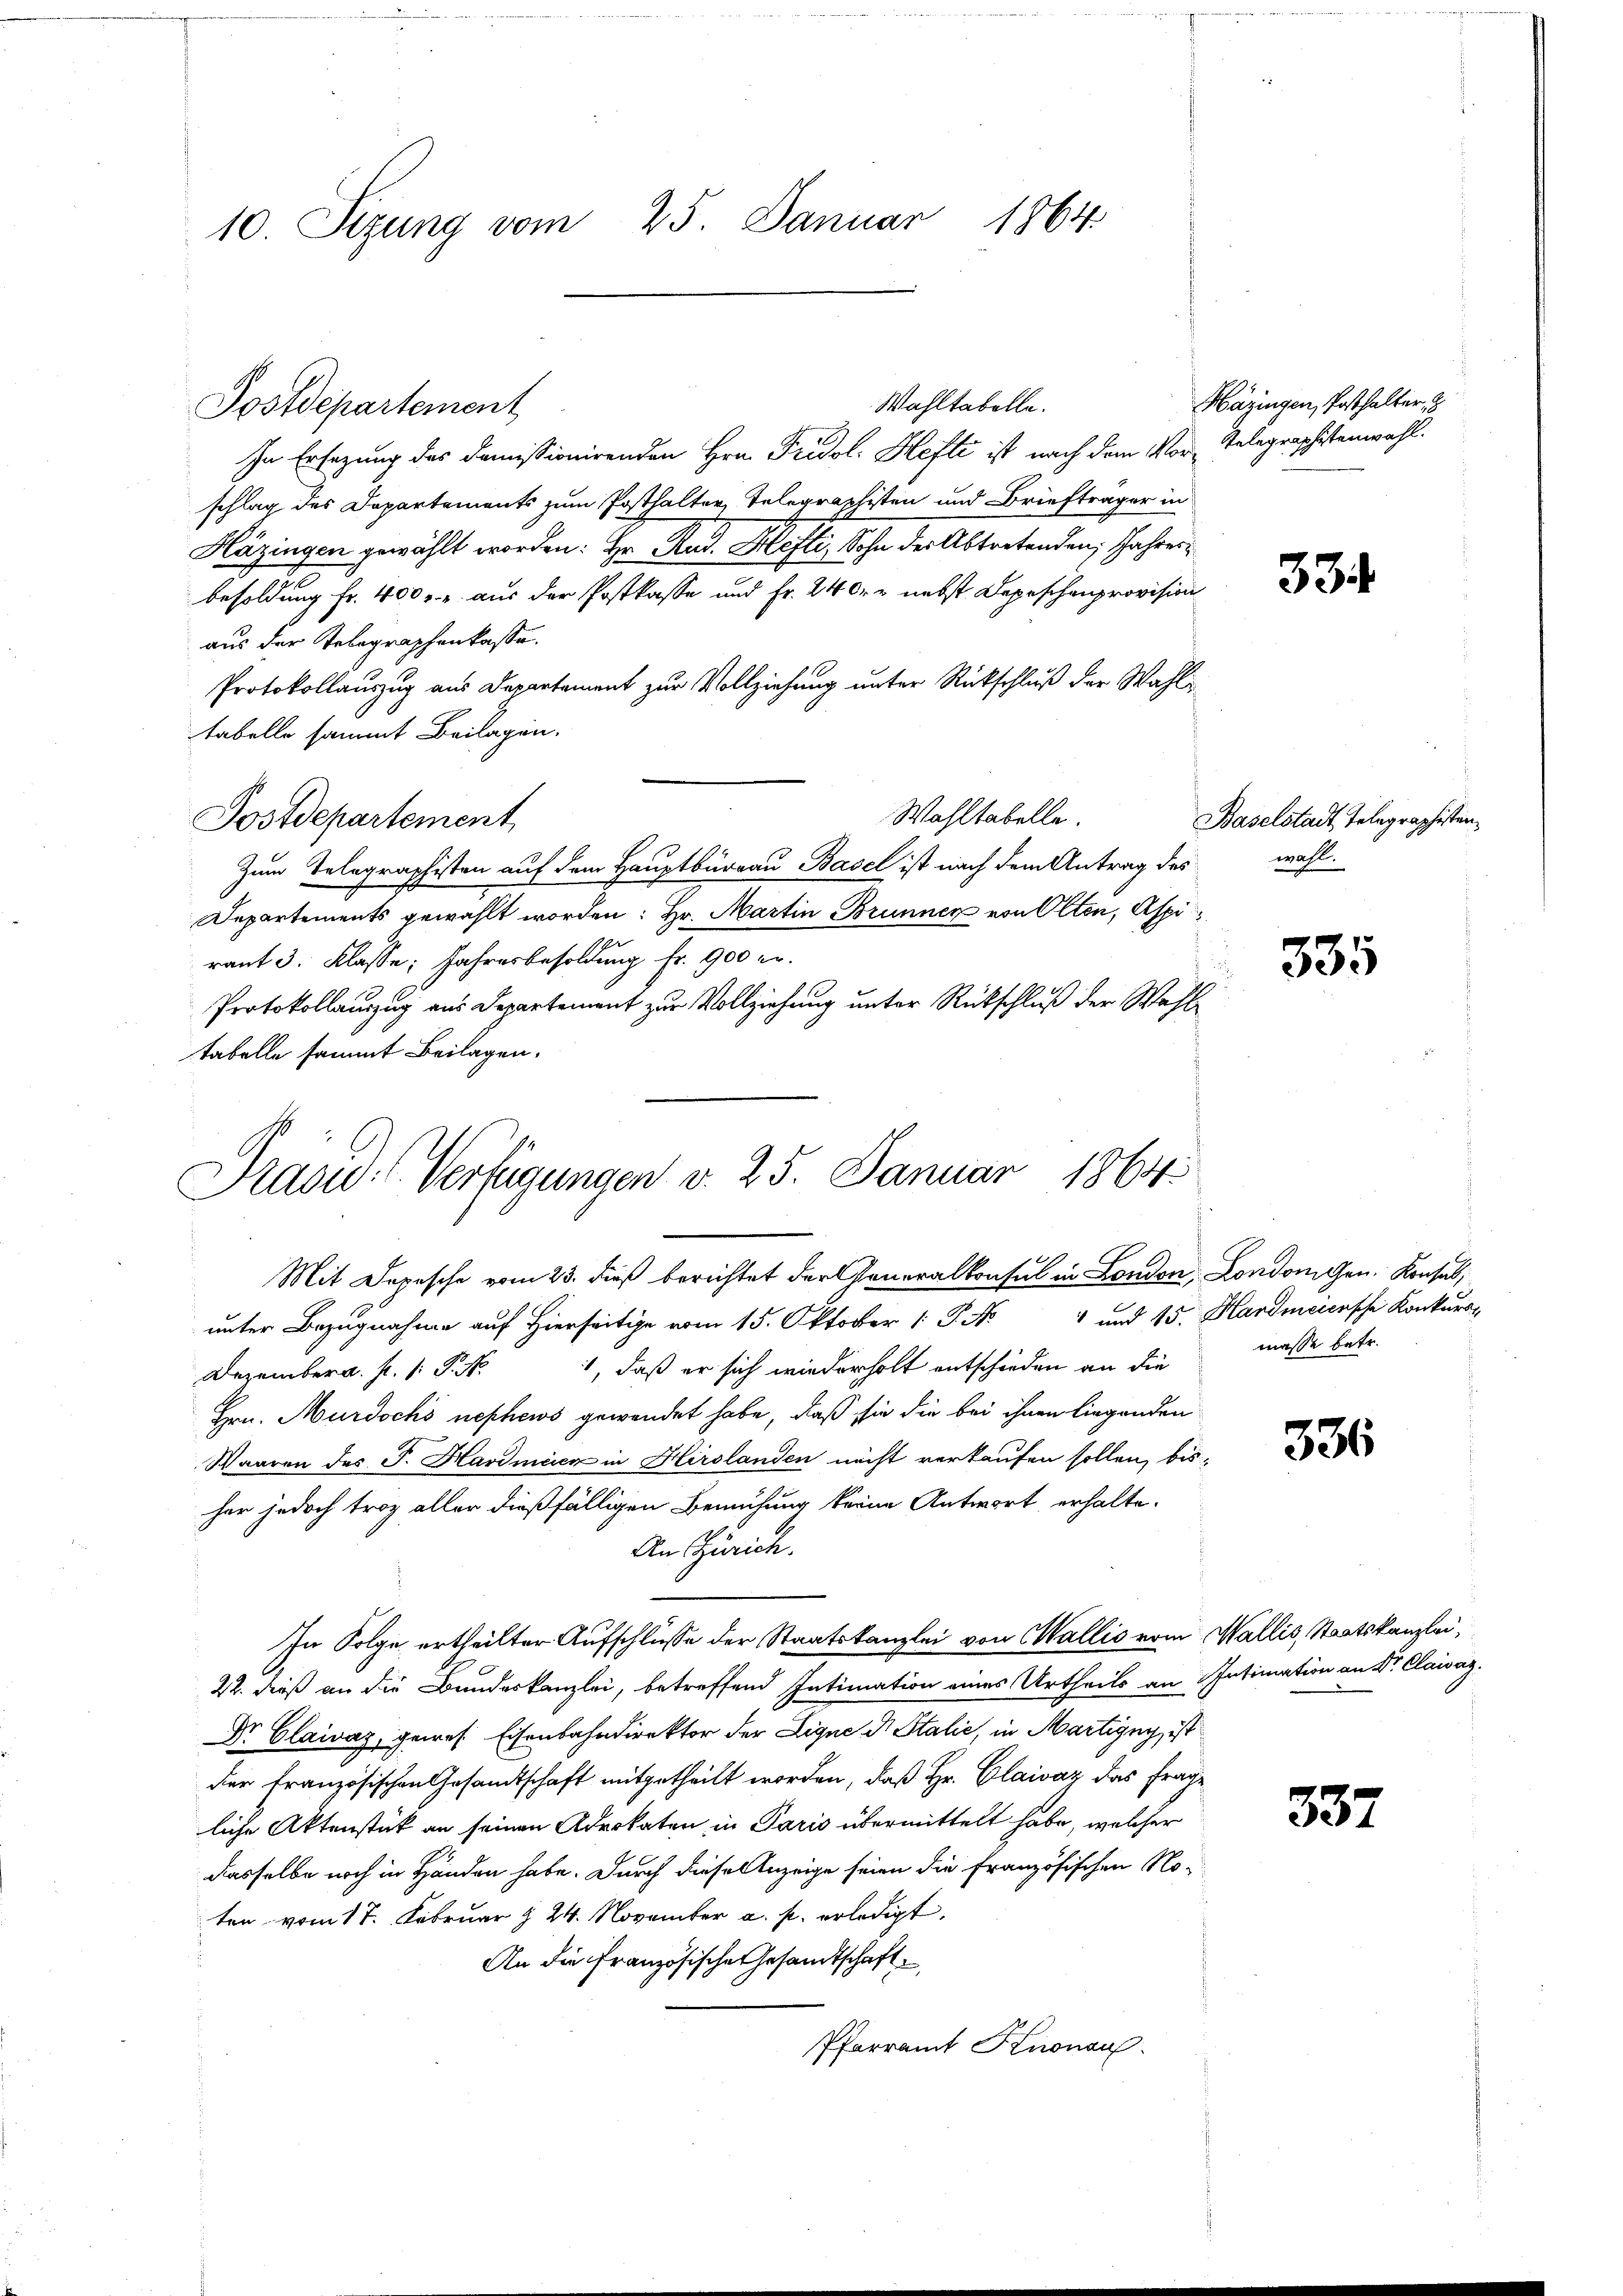
10. Sizung vom 25. Januar 1864.

Wahltabelle.
In Ersezung des domissionirenden Hrn. Fridol. Hefte ist nach dem Vor-Telegraphitenwahl.
schlag des Dapartements zum Posthalter, Telegraphisten und Briefträger in
Häzingen gewählt worden: Hr. Rud. Hefti, Sohn der Abtretenden, Jahres
besoldung fr. 400 f. u. aus der Postkasse und Fr. 240. r. nebst Depeschenprovision
aus der Telegraphenkasse.
Protokollauszug aus Departement zur Vollziehung unter Rückschluß der Wahl
tabelle sammt Beilagen.
Wahltabelle.
Postdepartement
Zum Telegraphisten auf dem Hauptbüreau Basel ist nach dem Antrag des
Departements gewählt worden: Hr. Martin Brunner von Olten, Aspiraut 3. Klasse: Jahresbesoldung fr. 900 er.
Protokollauszug aus Departement zur Vollziehung unter Rückschluß der Wahl
tabelle sammt Beilagen.

Postdepartement

Präsid. Verfügungen v. 25. Januar 1864.
Mit Depesche vom 23. dieß berichtet der Generalkonsul in London, Londonnen. Konsul,

unter Bezugnahme auf Hiers vom 15. Okt. 1 und 15. Hardmeiersche Konkurs-
1, daß er sich wiederholt entschieden an die masse betr.
Dezember a. f. 1: P. N
Hrn. Murdochó nephews gewendet habe, daß sie die bei ihnen liegenden
Waaren des J. Hardmeier in Hirslanden nicht verkaufen sollen, bis-
her jedoch troz aller dießfälligen Bemühung keine Antwort erhalte.
An Zürich.
In Folge ertheilter Aufschlüsse der Staatskanzlei von Wallis vom Wallis, Staatskanzlei,
22. dieß an die Bundeskanzlei, betreffend Intimation eines Urtheils an Intimation an Sr. Clawaz.
Dr. Claivaz, gewes Eisenbahndirektor der Ligne d. Stalie, in Martigny, ist
der französischen Gesandtschaft mitgetheilt worden, daß Hr. Claivaz das Frage
liche Aktenstück an seinen Advokaten in Paris übermittelt habe, welcher
dasselbe noch in Händen habe. Durch diese Anzeige seien die französischen No-
ten vom 17. Februar § 24. November a. p. erledigt,
An die Französische Gesandtschaft
Pfarramt Knonau

Häzingen, Posthalter,

334

Baselstadt, Telegraphisten,
wahl.

335

336

337